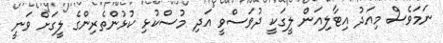
ނަމަވެސް މިއަދު އިޓާލިއަން ލީގަކީ ދުވަސްވީ އަދި މުސްކުޅި ކުޅުންތެރިންގެ ލީގަށް ވަނީ